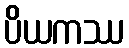
ပိယကဿ